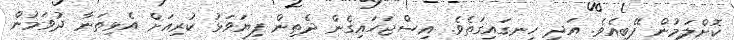
ކޮށްލަމުން ފޭބިއެވެ. އަދި ހިނގައިގަތެވެ. އިސްޖަހައިގެން ދެތިން ފިޔަވަޅު ކުރިއަށް އެޅިތަނާ ދުވަމުން